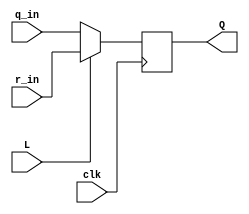
module top_module (
	input clk,
	input L,
	input r_in,
	input q_in,
	output reg Q);
    
	wire d = L? r_in : q_in;
    
    always @(posedge clk)
        Q <= d;

endmodule